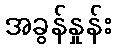
အခွန်နှုန်း